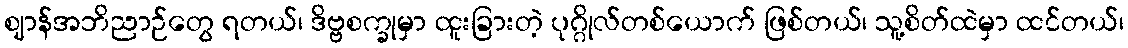
ဈာန်အဘိညာဉ်တွေ ရတယ်၊ ဒိဗ္ဗစက္ခုမှာ ထူးခြားတဲ့ ပုဂ္ဂိုလ်တစ်ယောက် ဖြစ်တယ်၊ သူ့စိတ်ထဲမှာ ထင်တယ်၊